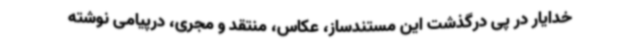
خدایار در پی درگذشت این مستندساز، عکاس، منتقد و مجری، درپیامی نوشته